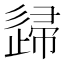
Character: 𨓼